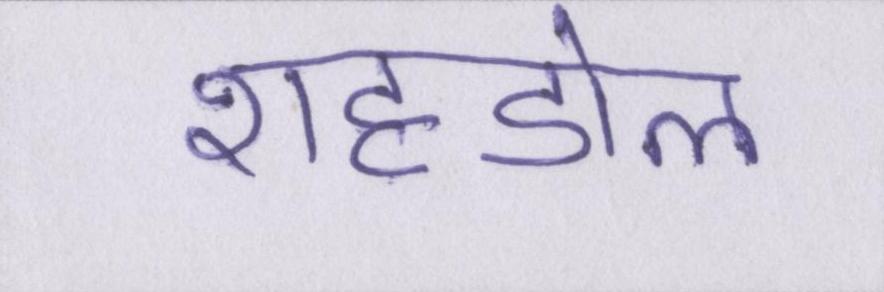
शहडोल